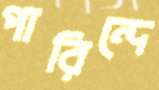
পারিন্দে